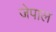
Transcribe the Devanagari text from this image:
जेपाल